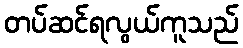
တပ်ဆင်ရလွယ်ကူသည်